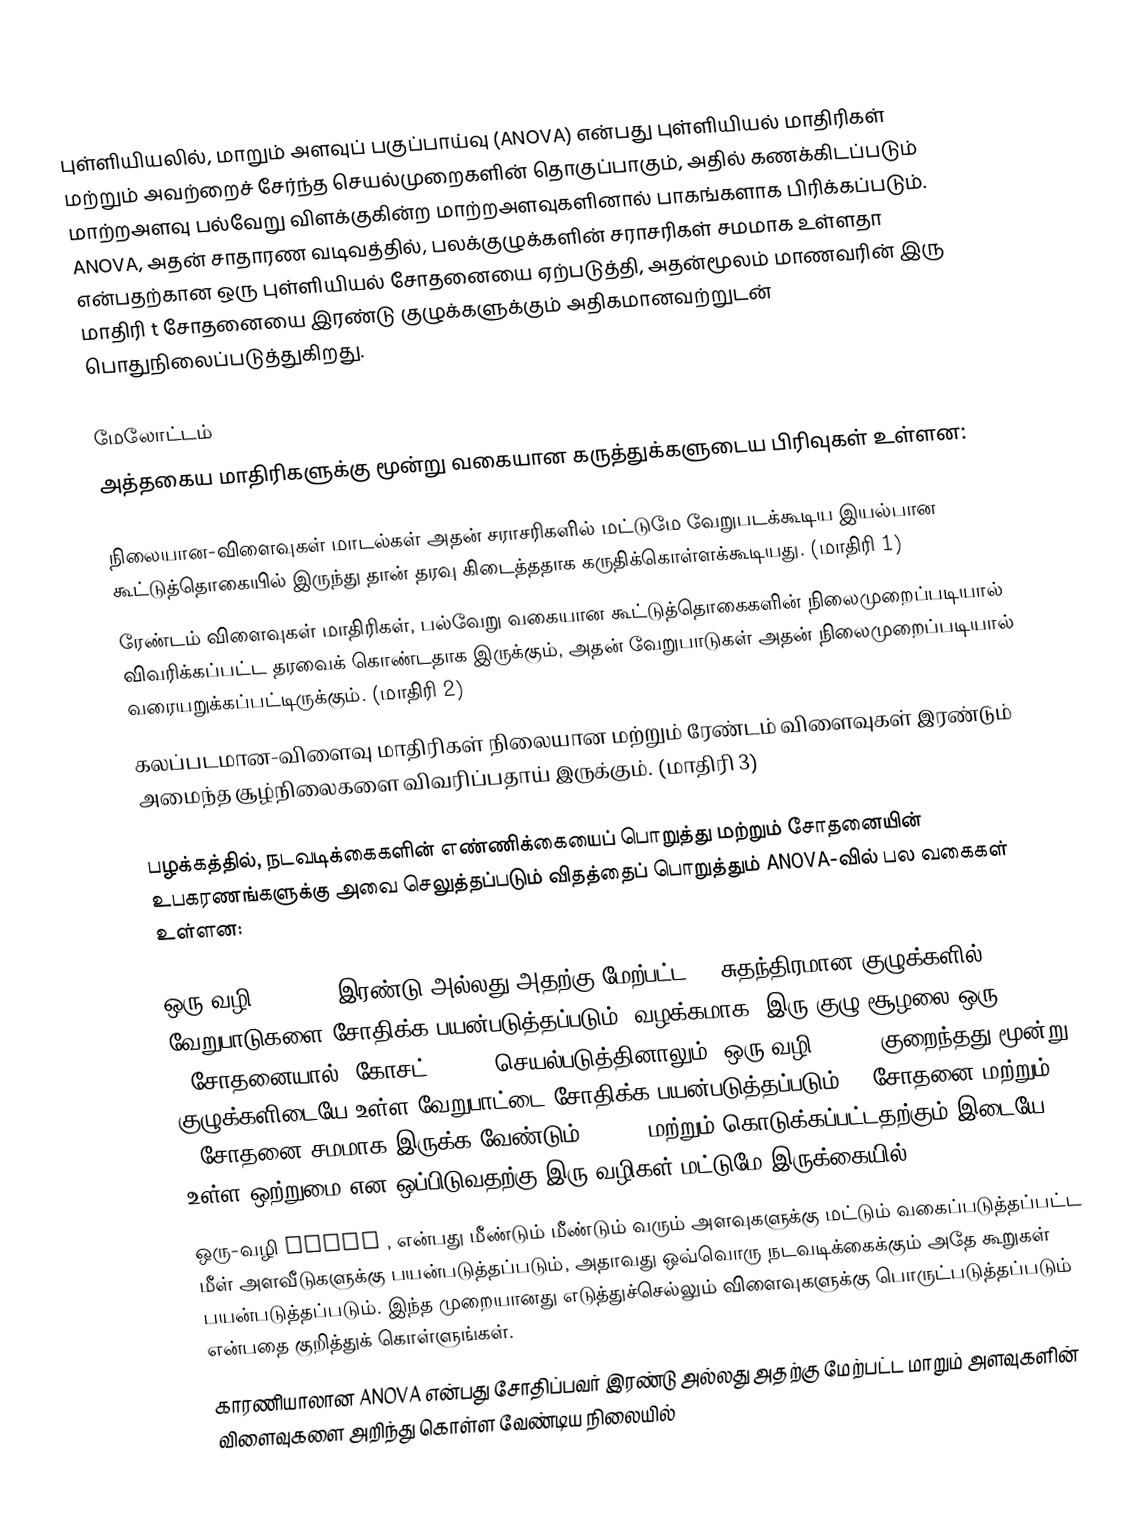
புள்ளியியலில், மாறும் அளவுப் பகுப்பாய்வு (ANOVA) என்பது புள்ளியியல் மாதிரிகள் மற்றும் அவற்றைச் சேர்ந்த செயல்முறைகளின் தொகுப்பாகும், அதில் கணக்கிடப்படும் மாற்றஅளவு பல்வேறு விளக்குகின்ற மாற்றஅளவுகளினால் பாகங்களாக பிரிக்கப்படும். ANOVA, அதன் சாதாரண வடிவத்தில், பலக்குழுக்களின் சராசரிகள் சமமாக உள்ளதா என்பதற்கான ஒரு புள்ளியியல் சோதனையை ஏற்படுத்தி, அதன்மூலம் மாணவரின் இரு மாதிரி t சோதனையை இரண்டு குழுக்களுக்கும் அதிகமானவற்றுடன் பொதுநிலைப்படுத்துகிறது.

மேலோட்டம்
அத்தகைய மாதிரிகளுக்கு மூன்று வகையான கருத்துக்களுடைய பிரிவுகள் உள்ளன:

 நிலையான-விளைவுகள் மாடல்கள் அதன் சராசரிகளில் மட்டுமே வேறுபடக்கூடிய இயல்பான கூட்டுத்தொகையில் இருந்து தான் தரவு கிடைத்ததாக கருதிக்கொள்ளக்கூடியது. (மாதிரி 1)
 ரேண்டம் விளைவுகள் மாதிரிகள், பல்வேறு வகையான கூட்டுத்தொகைகளின் நிலைமுறைப்படியால் விவரிக்கப்பட்ட தரவைக் கொண்டதாக இருக்கும், அதன் வேறுபாடுகள் அதன் நிலைமுறைப்படியால் வரையறுக்கப்பட்டிருக்கும். (மாதிரி 2)
 கலப்படமான-விளைவு மாதிரிகள் நிலையான மற்றும் ரேண்டம் விளைவுகள் இரண்டும் அமைந்த சூழ்நிலைகளை விவரிப்பதாய் இருக்கும். (மாதிரி 3)

பழக்கத்தில், நடவடிக்கைகளின் எண்ணிக்கையைப் பொறுத்து மற்றும் சோதனையின் உபகரணங்களுக்கு அவை செலுத்தப்படும் விதத்தைப் பொறுத்தும் ANOVA-வில் பல வகைகள் உள்ளன:

 ஒரு-வழி ANOVA{/0 இரண்டு அல்லது அதற்கு மேற்பட்ட {1}சுதந்திரமான குழுக்களில் வேறுபாடுகளை சோதிக்க பயன்படுத்தப்படும். வழக்கமாக, இரு-குழு சூழலை ஒரு t-சோதனையால் (கோசட், 1908) செயல்படுத்தினாலும், ஒரு-வழி ANOVA, குறைந்தது மூன்று குழுக்களிடையே உள்ள வேறுபாட்டை சோதிக்க பயன்படுத்தப்படும். t-சோதனை மற்றும் F-சோதனை சமமாக இருக்க வேண்டும்; ANOVA மற்றும்  கொடுக்கப்பட்டதற்கும்  இடையே உள்ள ஒற்றுமை என ஒப்பிடுவதற்கு இரு வழிகள் மட்டுமே இருக்கையில்.
 ஒரு-வழி ANOVA , என்பது மீண்டும் மீண்டும் வரும் அளவுகளுக்கு மட்டும் வகைப்படுத்தப்பட்ட மீள் அளவீடுகளுக்கு பயன்படுத்தப்படும், அதாவது ஒவ்வொரு நடவடிக்கைக்கும் அதே கூறுகள் பயன்படுத்தப்படும். இந்த முறையானது எடுத்துச்செல்லும் விளைவுகளுக்கு பொருட்படுத்தப்படும் என்பதை குறித்துக் கொள்ளுங்கள்.
 காரணியாலான ANOVA என்பது சோதிப்பவர் இரண்டு அல்லது அதற்கு மேற்பட்ட மாறும் அளவுகளின் விளைவுகளை அறிந்து கொள்ள வேண்டிய நிலையில்